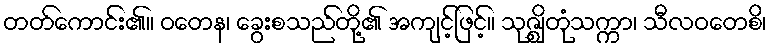
တတ်ကောင်း၏။ ဝတေန၊ ခွေးစသည်တို့၏ အကျင့်ဖြင့်။ သုဇ္ဈိတုံသက္ကာ၊ သီလဝတေစိ၊